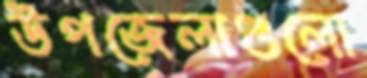
উপজেলাগুলো